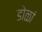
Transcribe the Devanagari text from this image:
डोळां